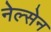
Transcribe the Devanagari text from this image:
नेल्सेन